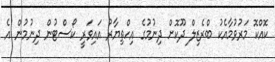
ކޮއްކޮ މަރުވުމާއެކު ބްރެޒިލް ދޫކޮށް ދިނުމުގެ އިހްތިޔާރު އައިވަރީ ކޯސްޓުން ދިނުމުން އެ